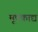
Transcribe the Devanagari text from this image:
मूषकाद्य